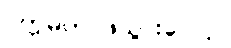
ပက္ကမတု၊ ဖဲသွားလော့။